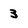
Character: 3